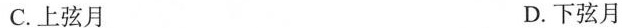
C.上弦月 D.下弦月